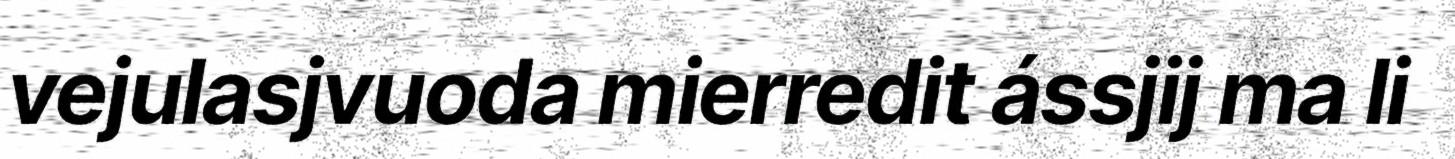
vejulasjvuoda mierredit ássjij ma li